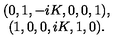
\begin{array} { c c c c c c } { ( 0 , 1 , - i K , 0 , 0 , 1 ) , } \\ { ( 1 , 0 , 0 , i K , 1 , 0 ) . } \\ \end{array}